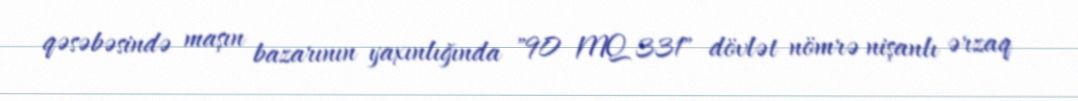
qəsəbəsində maşın bazarının yaxınlığında "90 MQ 331" dövlət nömrə nişanlı ərzaq